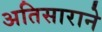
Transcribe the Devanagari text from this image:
अतिसाराने